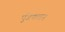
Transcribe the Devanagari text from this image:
पुँजकलन